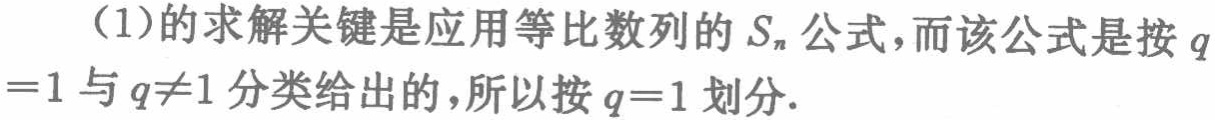
（1）的求解关键是应用等比数列的\(S_{n}\)公式，而该公式是按\(q = 1\)与\(q\neq1\)分类给出的，所以按\(q = 1\)划分.